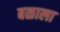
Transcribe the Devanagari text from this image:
बळाला